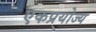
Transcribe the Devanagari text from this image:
एकप्रयोज्य